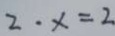
2 \cdot x = 2